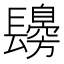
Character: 𨲾